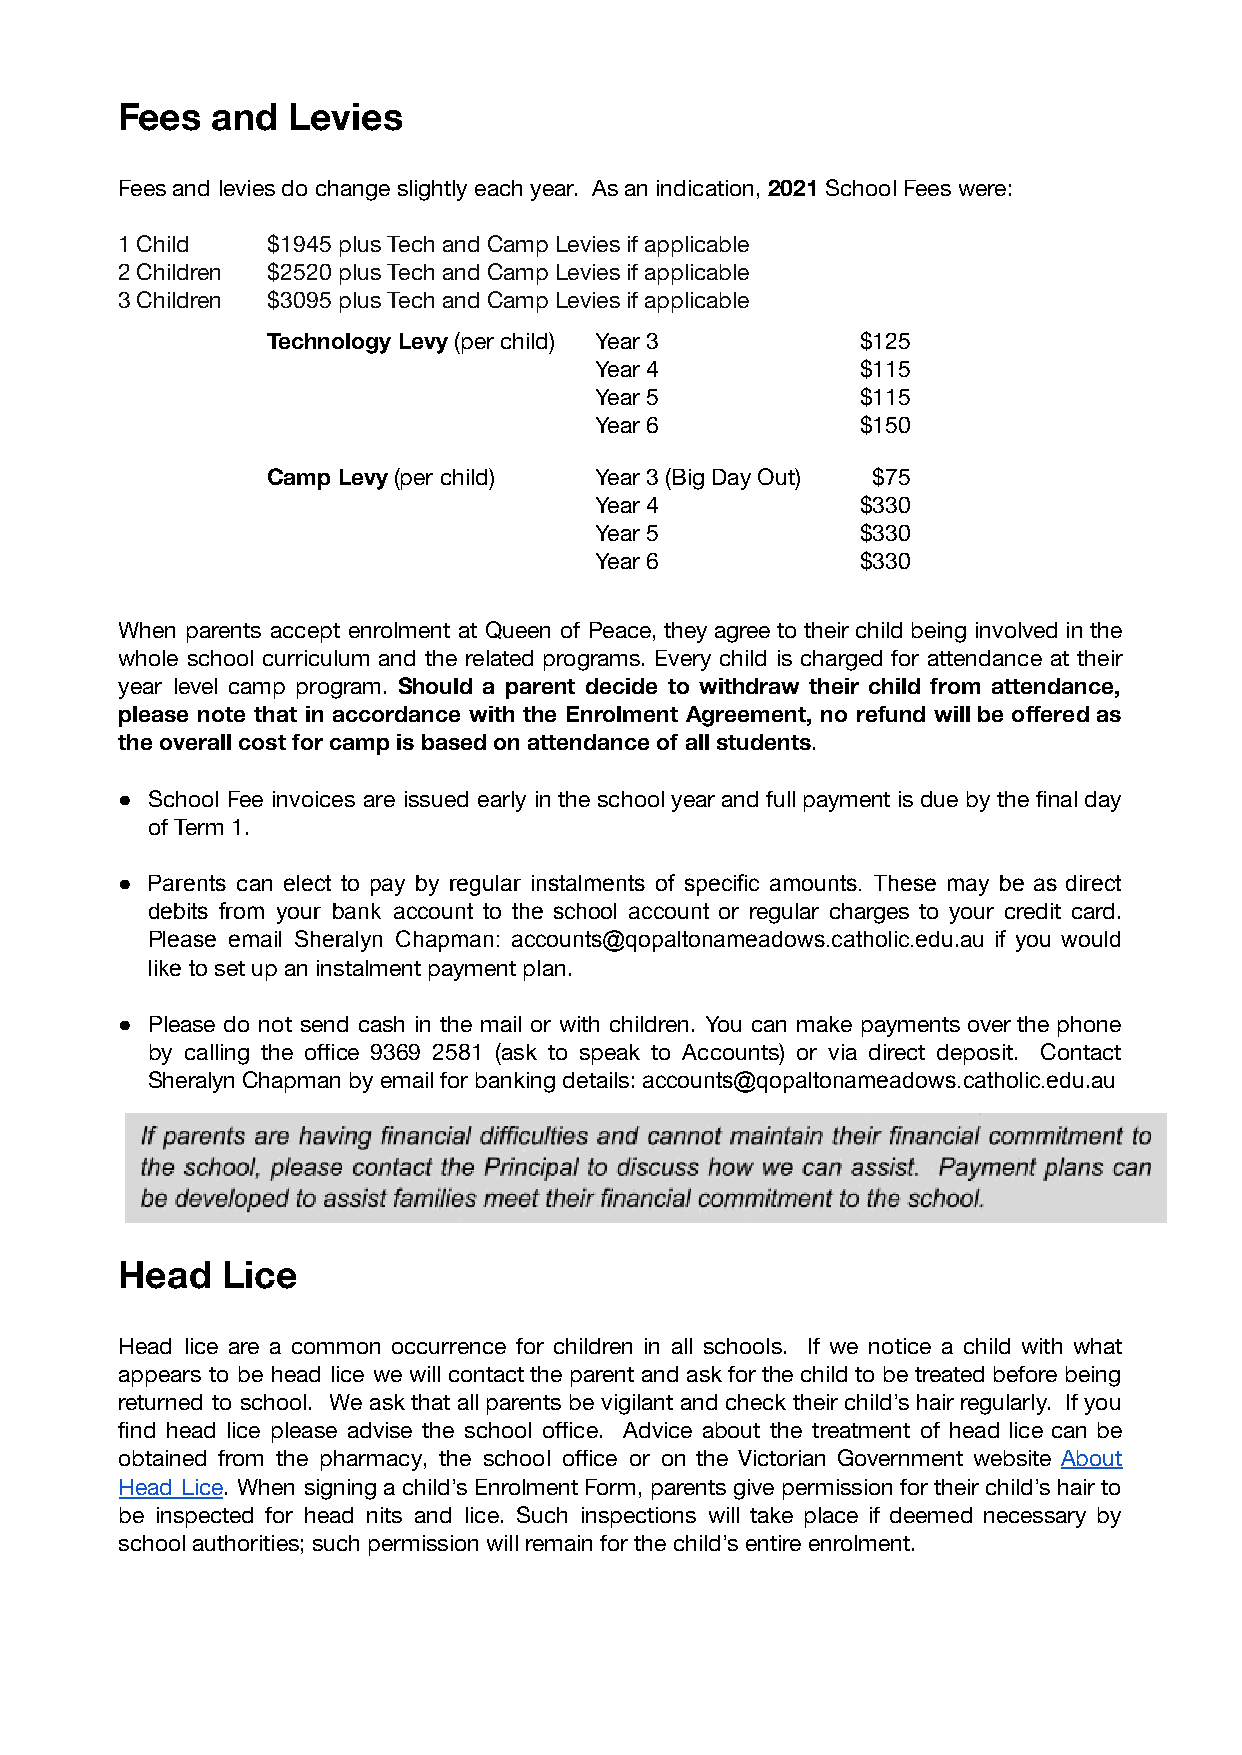
Fees  and  Levies
 Fees and levies do change slightly each year. As an indication,2021 School Fees were:
 1 Child   $1945 plus Tech and Camp Levies if applicable
 2 Children $2520 plus Tech and Camp Levies if applicable
 3 Children $3095 plus Tech and Camp Levies if applicable
 Technology Levy (per child) Year 3     $125
 Year 4            $115
 Year 5            $115
 Year 6            $150
 Camp Levy (per child) Year 3 (Big Day Out) $75
 Year 4            $330
 Year 5            $330
 Year 6            $330
 When parents accept enrolment at Queen of Peace, they agree to their child being involved in the
 whole school curriculum and the related programs. Every child is charged for attendance at their
 year level camp program. Should a parent decide to withdraw their child from attendance,
 please note that in accordance with the Enrolment Agreement, no refund will be offered as
 the overall cost for camp is based on attendance of all students.
 ● School Fee invoices are issued early in the school year and full payment is due by thefinal day
 of Term 1.
 ● Parents can elect to pay by regular instalments of specific amounts. These may be as direct
 debits from your bank account to the school account or regular charges to your credit card.
 Please email Sheralyn Chapman: accounts@qopaltonameadows.catholic.edu.au if you would
 like to set up an instalment payment plan.
 ● Please do not send cash in the mail or with children. You can make payments over the phone
 by calling the office 9369 2581 (ask to speak to Accounts) or via direct deposit. Contact
 Sheralyn Chapman by email for banking details:accounts@qopaltonameadows.catholic.edu.au
 Head   Lice
 Head lice are a common occurrence for children in all schools. If we notice a child with what
 appears to be head lice we will contact the parent and ask for the child to be treated before being
 returned to school. We ask that all parents be vigilant and check their child’s hair regularly. If you
 find head lice please advise the school office. Advice about the treatment of head lice can be
 obtained from the pharmacy, the school office or on the Victorian Government website About
 Head Lice. When signing a child’s Enrolment Form, parents give permission for their child’s hair to
 be inspected for head nits and lice. Such inspections will take place if deemed necessary by
 school authorities; such permission will remain for the child’s entire enrolment.